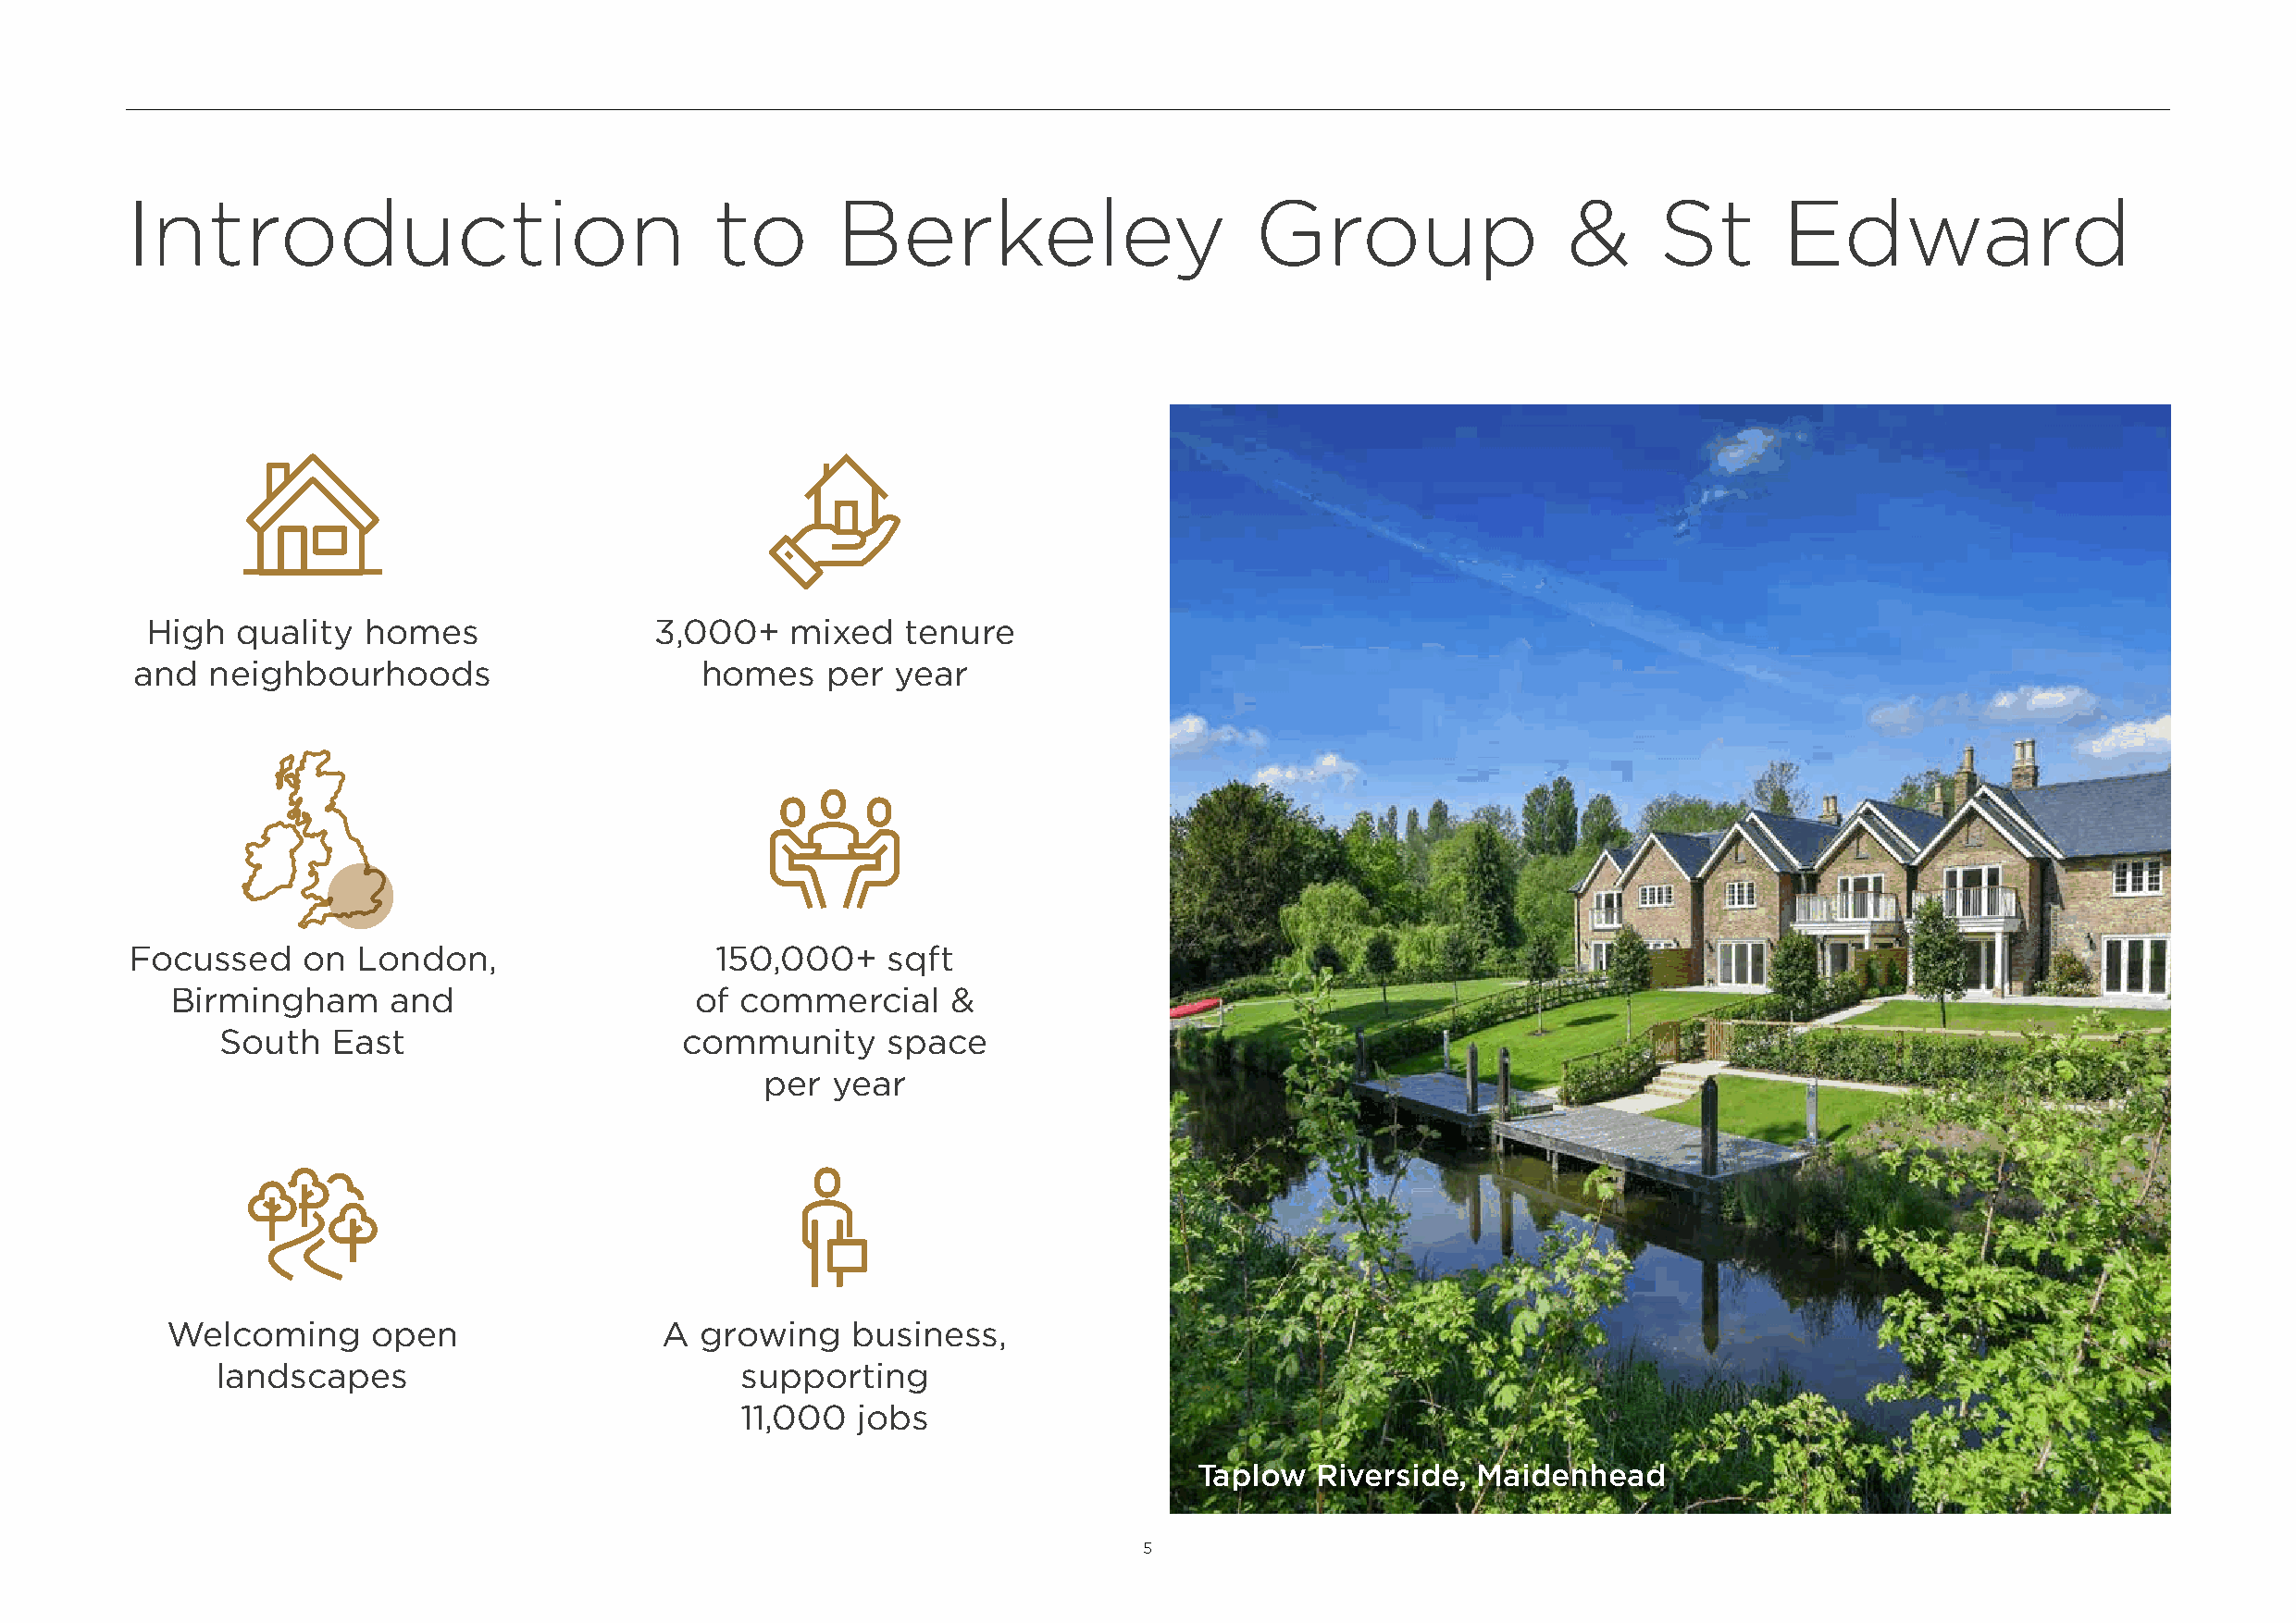
Introduction                              to       Berkeley                      Group                 &      St      Edward
 High   quality  homes                3,000+   mixed    tenure
 and  neighbourhoods                     homes    per  year
 Focussed     on  London,                  150,000+    sqft
 Birmingham      and                   of commercial     &
 South   East                     community     space
 per year
 Welcoming      open                A  growing    business,
 landscapes                           supporting
 11,000  jobs
 Taplow  Riverside,  Maidenhead
 5